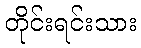
တိုင်းရင်းသား